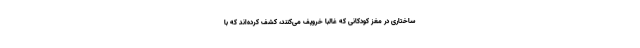
ساختاری در مغز کودکانی که غالبا خروپف می‌کنند، کشف کرده‌اند که با